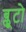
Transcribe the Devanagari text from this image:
ब्लूटो